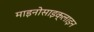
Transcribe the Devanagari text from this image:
माइनोसाइक्लाइन